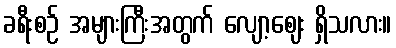
ခရီးစဉ် အများကြီးအတွက် လျော့ဈေး ရှိသလား။